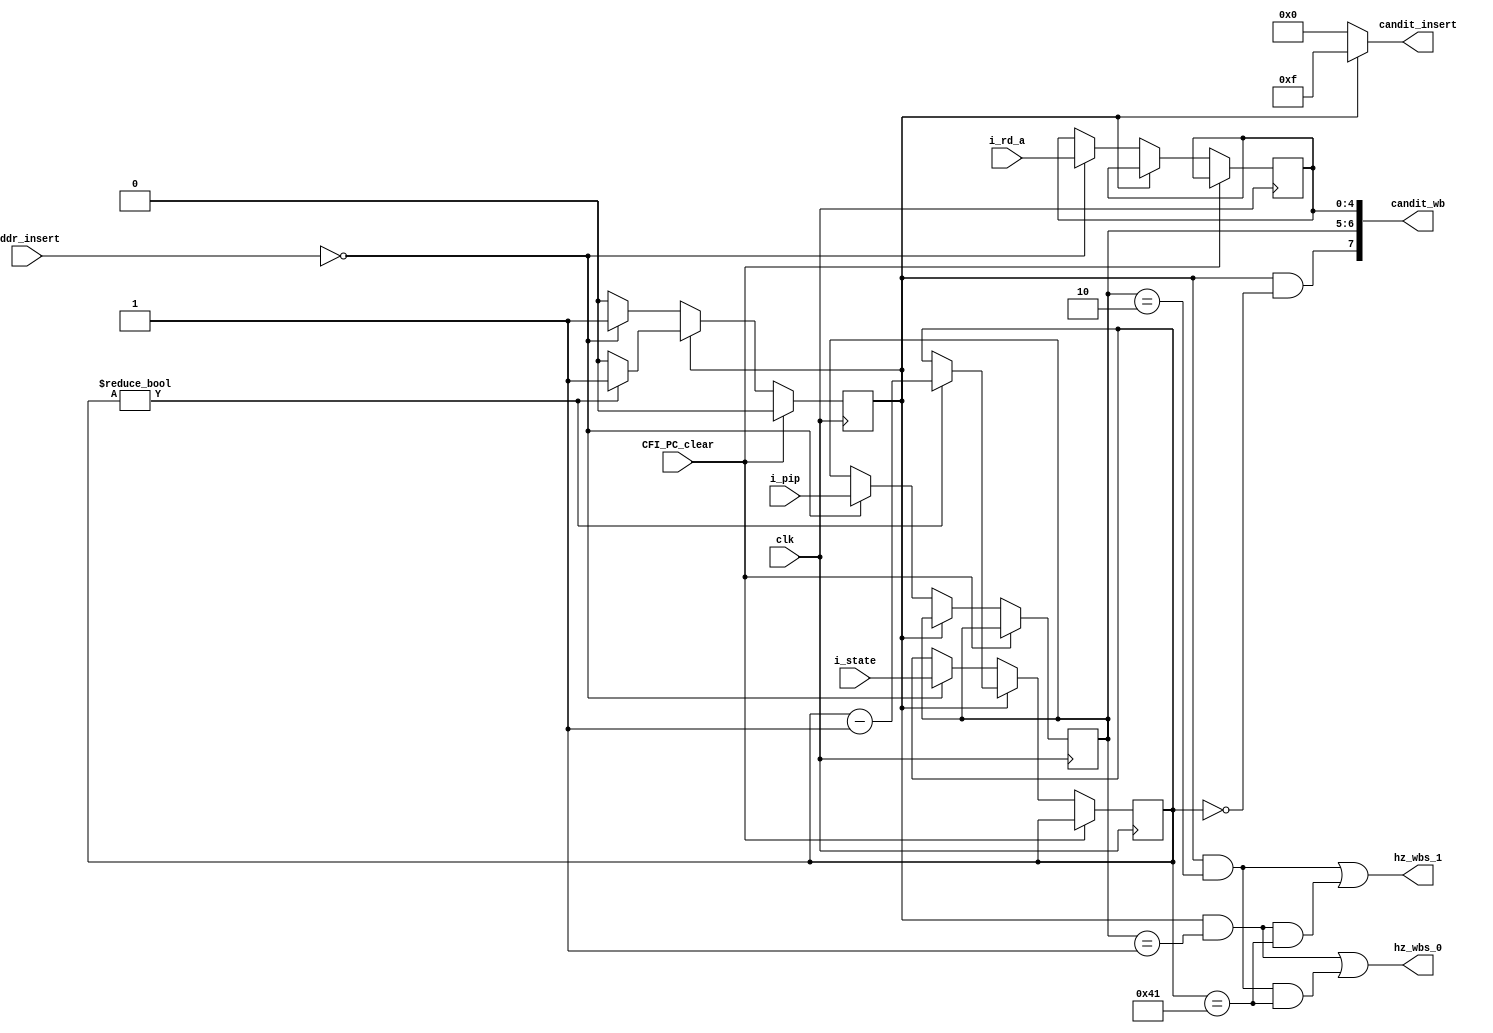
module Scb_cell_pip1
#(
  parameter W_ident        = 4,// there are 8 cells in each scoreboard but we use 4 bit, remain 1 bit for dump bit 
  parameter unused_cd      = {W_ident{1'b1}},
  parameter cell_ident     = 4'b0000,
  parameter V_pip0         = 2'b01, 
  parameter V_pip1         = 2'b10,
  parameter W_inused       = 1,
  parameter W_pip          = 2,
  parameter W_PA_rx        = 5,
  parameter W_state        = 7,
  parameter V_FUT0         = 65 //  1clock 
)
(
    ////////////////// output
        ////////////// flag
        output wire[W_inused + W_pip + W_PA_rx-1:0] candit_wb,
        output wire[W_ident                   -1:0] candit_insert,
        output wire                                 hz_wbs_0, // check write back structural hazard
        output wire                                 hz_wbs_1, // check write back structural hazard
    ////////////////// input                                     
        input  wire[W_pip                     -1:0] i_pip,
        input  wire[W_PA_rx                   -1:0] i_rd_a,
        input  wire[W_state                   -1:0] i_state,
        input  wire[W_ident                   -1:0] addr_insert,
        ////////////// control flow                                   
        input  wire                                 CFI_PC_clear,
        input  wire                                 clk
);
        /////////////////////variable
        reg[W_inused-1:0] INUSED;
        reg[W_pip   -1:0] PIP;
        reg[W_PA_rx -1:0] RD;
        reg[W_state -1:0] STATE;
        //////////////////// bahaviour
        always@(posedge clk)begin
            if (CFI_PC_clear)begin
                INUSED <= 0;
            end else if (INUSED)begin
                if (STATE) // 
                    STATE  <= STATE - 1;
                else
                    INUSED <= 0;
            end else if ( addr_insert ==  cell_ident)begin
                INUSED <= 1;
                PIP    <= i_pip;
                RD     <= i_rd_a;
                STATE  <= i_state;
            end
        end         
        /////////////////// output
        assign candit_wb      = {INUSED & (STATE == 0),PIP       ,RD}; // max goal
        assign candit_insert  = {(~INUSED) ? cell_ident :  unused_cd  }; // min goal
        assign hz_wbs_0       = (INUSED && (PIP == V_pip0)) || ( INUSED && (PIP == V_pip1) && (STATE == V_FUT0)) ;
        assign hz_wbs_1       = (INUSED && (PIP == V_pip1)) || ( INUSED && (PIP == V_pip0) && (STATE == V_FUT0));
        
endmodule